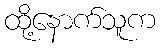
ထို့နောက်သူက